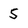
Character: 5